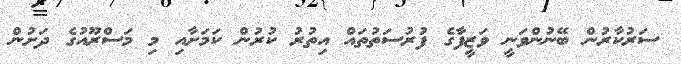
ސަރުކާރުން ބޭނުންވަނީ ވަޒީފާގެ ފުރުސަތުތައް އިތުރު ކުރުން ކަމަށާއި މި މަސްރޫއުގެ ދަށުން